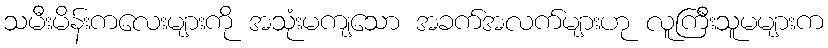
သမီးမိန်းကလေးများကို အသုံးမကျသော အခက်အလက်များဟု လူကြီးသူမများက